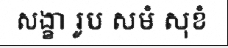
សង្ខា រូប សមំ សុខំ